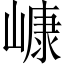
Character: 嵻